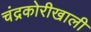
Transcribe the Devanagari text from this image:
चंद्रकोरीखाली